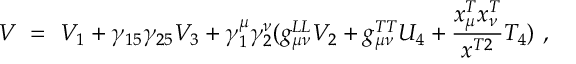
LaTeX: V \ = \ V _ { 1 } + \gamma _ { 1 5 } \gamma _ { 2 5 } V _ { 3 } + \gamma _ { 1 } ^ { \mu } \gamma _ { 2 } ^ { \nu } ( g _ { \mu \nu } ^ { L L } V _ { 2 } + g _ { \mu \nu } ^ { T T } U _ { 4 } + \frac { x _ { \mu } ^ { T } x _ { \nu } ^ { T } } { x ^ { T 2 } } T _ { 4 } ) \ ,